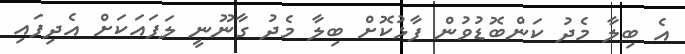
އެ ބިލާ މެދު ކަންބޮޑުވުން ފާޅުކޮށް ބިލާ މެދު ގާނޫނީ ލަފައަކަށް އެދިފައި